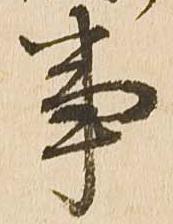
事